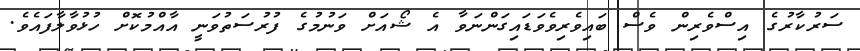
ސަރުކާރުގެ އިސްވެރިން ވެސް ބައިވެރިވެވަޑައިގަންނަވާ އެ ޝޯއަށް ވަނުމުގެ ފުރުސަތުވަނީ އާއްމުކޮށް ހުޅުވާލާފައެވެ.